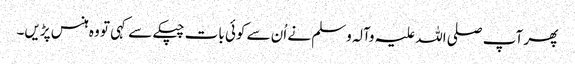
پھر آپ صلی اللہ علیہ وآلہ وسلم نے اُن سے کوئی بات چپکے سے کہی تو وہ ہنس پڑیں۔